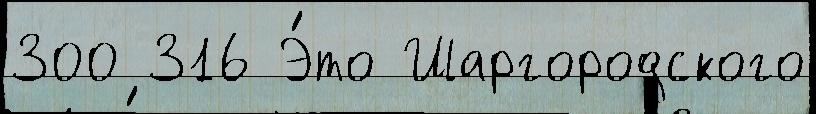
300 316 Э́то Шаргородского